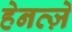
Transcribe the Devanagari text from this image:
हेनत्ज़े